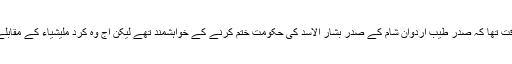
ستم ظریفی یا وقت کی چال کہاجائے لیکن ایک وقت تھا کہ صدر طیب اردوان شام کے صدر بشار الاسد کی حکومت ختم کرنے کے خواہشمند تھے لیکن آج وہ کرد ملیشیاء کے مقابلے میں انہیں ترکی کے لئے کم خطرہ دیکھتے ہیں۔